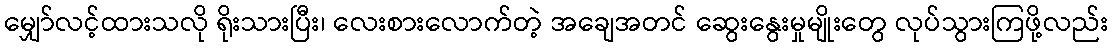
မျှော်လင့်ထားသလို ရိုးသားပြီး၊ လေးစားလောက်တဲ့ အချေအတင် ဆွေးနွေးမှုမျိုးတွေ လုပ်သွားကြဖို့လည်း